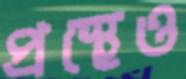
প্রস্থেও